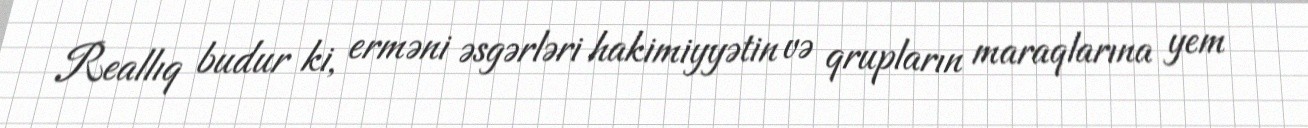
Reallıq budur ki, erməni əsgərləri hakimiyyətin və qrupların maraqlarına yem